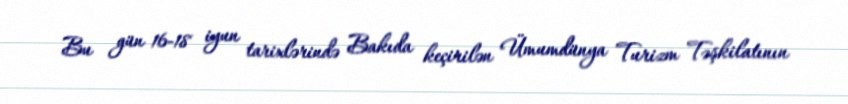
Bu gün 16-18 iyun tarixlərində Bakıda keçirilən Ümumdünya Turizm Təşkilatının